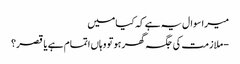
میرا سوال یہ ہے کہ کیا میں
- ملازمت کی جگہ گھر ہو تو وہاں اتمام ہے یا قصر؟